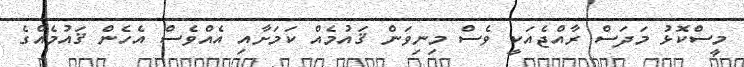
މީސްކޮޅު މަދަސް ރާއްޖެއަކީ ވެސް މިނިވަން ޤައުމެއް ކަމަށާއި އެއްވެސް އެހެން ޤައުމެއްގެ